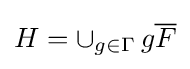
H=\cup _{g\in \Gamma }\,g{\overline {F}}